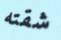
شقته